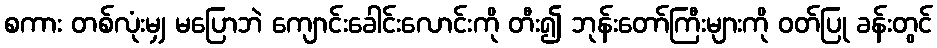
စကား တစ်လုံးမျှ မပြောဘဲ ကျောင်းခေါင်းလောင်းကို တီး၍ ဘုန်းတော်ကြီးများကို ဝတ်ပြု ခန်းတွင်